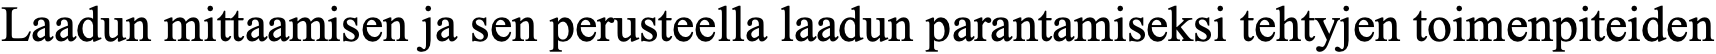
Laadun mittaamisen ja sen perusteella laadun parantamiseksi tehtyjen toimenpiteiden